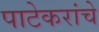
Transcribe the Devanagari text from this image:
पाटेकरांचे